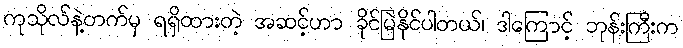
ကုသိုလ်နဲ့တက်မှ ရရှိထားတဲ့ အဆင့်ဟာ ခိုင်မြဲနိုင်ပါတယ်၊ ဒါကြောင့် ဘုန်းကြီးက